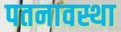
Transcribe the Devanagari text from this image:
पतनावस्था